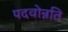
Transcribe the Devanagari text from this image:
पदवोन्नति